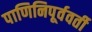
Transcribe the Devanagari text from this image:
पाणिनिपूर्ववर्ती